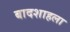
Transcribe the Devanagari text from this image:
बादशाहला